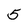
Character: 5